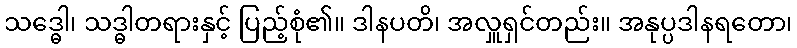
သဒ္ဓေါ၊ သဒ္ဓါတရားနှင့် ပြည့်စုံ၏။ ဒါနပတိ၊ အလှူရှင်တည်း။ အနုပ္ပဒါနရတော၊